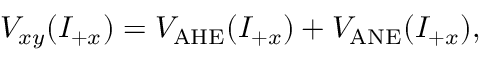
V _ { x y } ( I _ { + x } ) = V _ { \mathrm { A H E } } ( I _ { + x } ) + V _ { \mathrm { A N E } } ( I _ { + x } ) ,